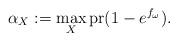
LaTeX: \begin{align*}\alpha_{X}:=\max_X \mathrm{pr}(1-e^{f_{\omega}}).\end{align*}